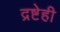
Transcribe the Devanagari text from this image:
द्रष्टेही